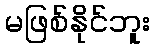
မဖြစ်နိုင်ဘူး